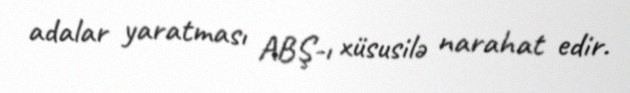
adalar yaratması ABŞ-ı xüsusilə narahat edir.